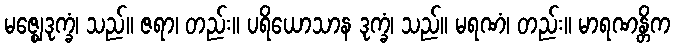
မဇ္ဈေဒုက္ခံ၊ သည်။ ဇရာ၊ တည်း။ ပရိယောသာန ဒုက္ခံ၊ သည်။ မရဏံ၊ တည်း။ မာရဏန္တိက